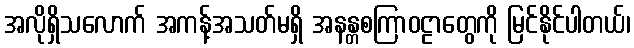
အလိုရှိသလောက် အကန့်အသတ်မရှိ အနန္တစကြာဝဠာတွေကို မြင်နိုင်ပါတယ်၊